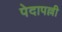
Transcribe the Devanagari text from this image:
पेदापल्ली